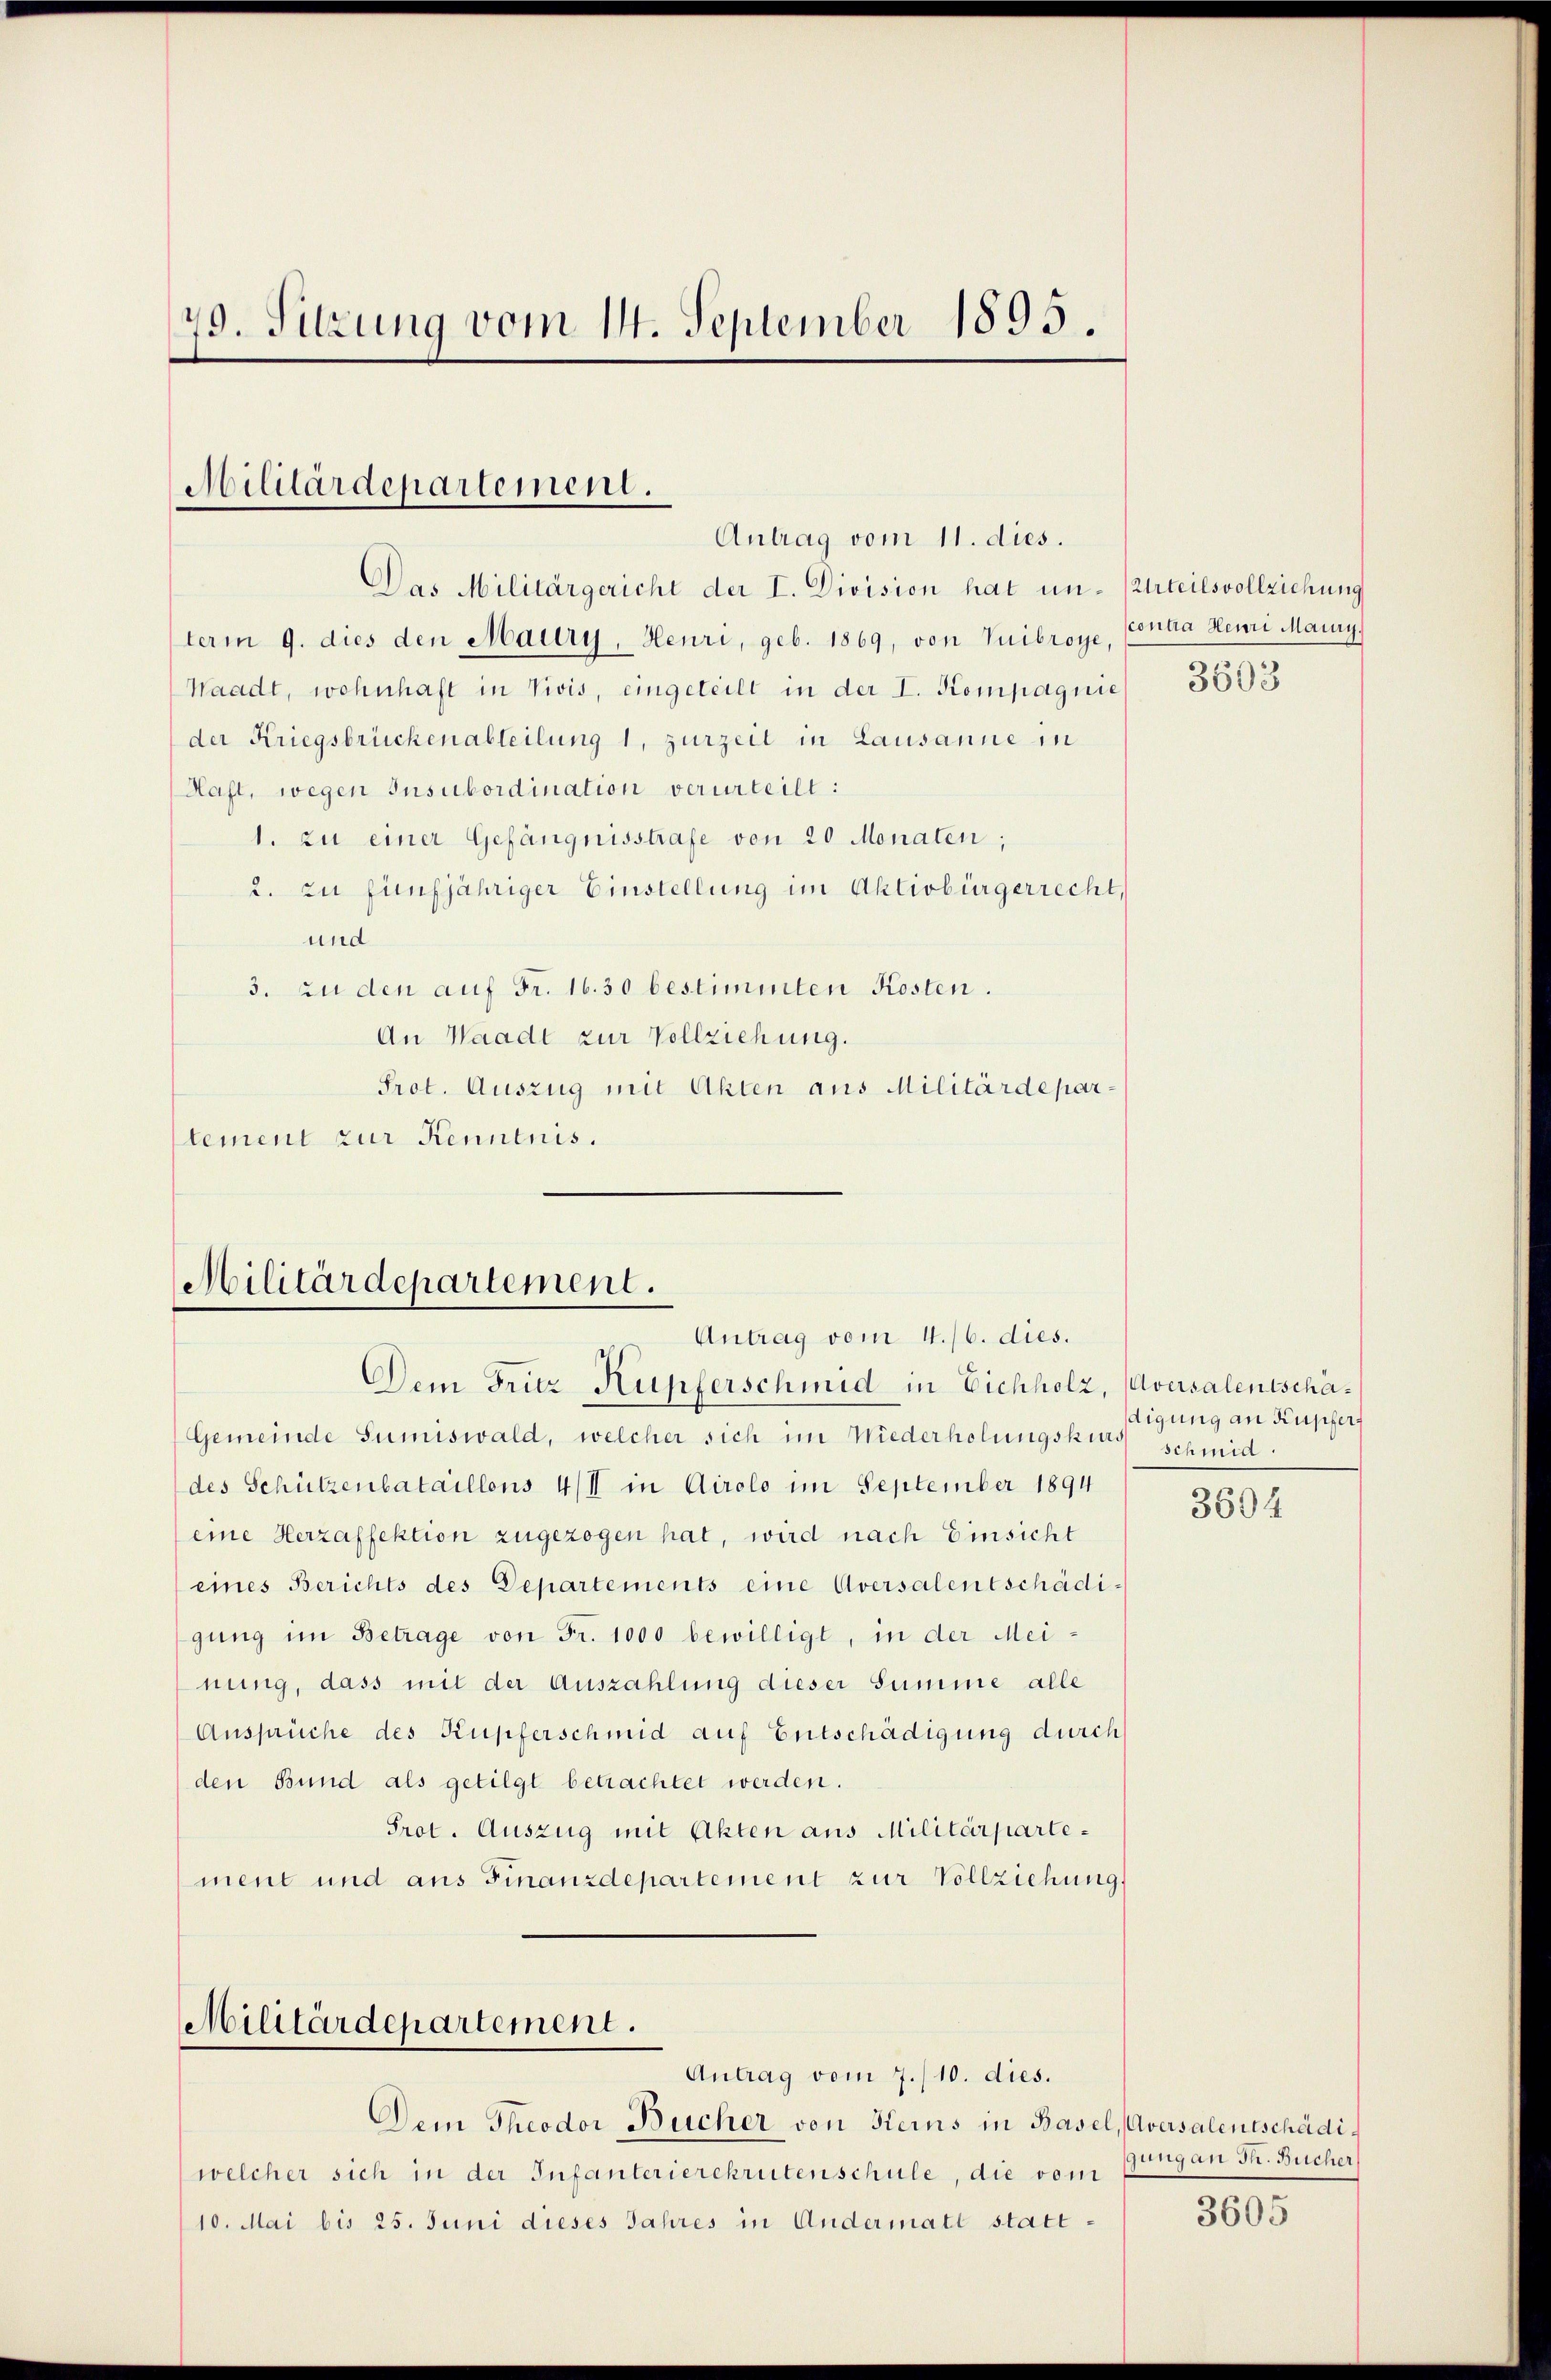
79. Sitzung vom 14. September 1895.

Militärdepartement.
Antrag vom 11. dies.

Das Militärgericht der I. Division hat un- (Urteilsvollziehung
term 9. dies den Maury, Heuri, geb. 1869, von Vuibroye, Contra Henri Manny,
Waadt, wohnhaft in Vivis, eingeteilt in der I. Kompagnie
der Kriegsbrückenabteilung 1, zurzeit in Lausanne in
Haft, wegen Insubordination verurteilt:
1. zu einer Gefängnisstrafe von 20 Monaten,
2. zu fünfjähriger Einstellung im Aktivbürgerrecht,
und
3. zu den auf Fr. 16. 30 bestimmten Kosten.
An Waadt zur Vollziehung.
Prot. Auszug mit Akten aus Militärdeparlement zur Kenntnis.

Militärdepartement.
Antrag vom 4./6. dies.

Dem Früz Kupferschmid in Eichholz, Aversalentschä¬
Gemeinde Sumiswald, welcher sich im Niederholungskurs schmid
des Schützenbataillons 4/I in Airolo im September 1894
eine Herzaffektion zugezogen hat, wird nach Einsicht
eines Berichts des Departements eine Aversalentschädigung im Betrage von Fr. 1000 bewilligt, in der Meinung, dass mit der Auszahlung dieser Summe alle
Ansprüche des Kupferschmid auf Entschädigung durch
den Bund als getilgt betrachtet werden.
Prot. Auszug mit Akten aus Militärpartement und aus Finanzdepartement zur Vollziehung

Militärdepartement.
Antrag vom 7./10. dies.

Dem Theodor Bücher von Kerns in Basel, Aversalentschädiwelcher sich in der Infanterierekrutenschule, die vom
10. Mai bis 25. Juni dieses Jahres in Andermatt statt¬

3603

digung an Kupfer,

3594

gung an Fr. Bücher

3605